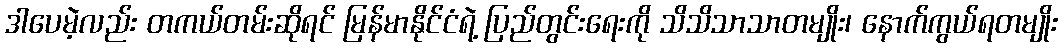
ဒါပေမဲ့လည်း တကယ်တမ်းဆိုရင် မြန်မာနိုင်ငံရဲ့ ပြည်တွင်းရေးကို သိသိသာသာတမျိုး၊ နောက်ကွယ်ရတမျိုး